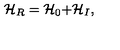
\mathcal { H } _ { R } = \mathcal { H } _ { 0 } \mathcal { + H } _ { I } ,